Vaccination in Bombay 1902-1912 - 1902-1912
Year: 1902
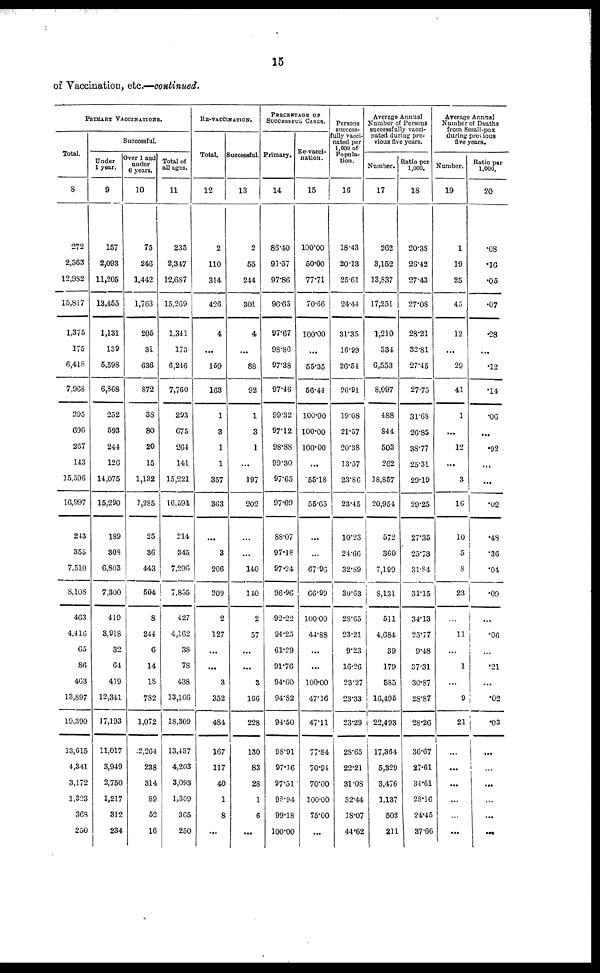
15
of Vaccination, etc.—continued.
PRIMARY VACCINATIONS.
Total.
8
272
2,563
12,982
15,817
1,375
175
6,418
7,968
295
696
267
143
15,596
16,997
243
355
7,510
8,108
463
4,416
65
86
463
13,897
19,390
13,615
4,341
3,172
1,323
368
250
Successful.
Under
1 year.
9
157
2,093
11,205
13,455
1,131
139
5,598
6,868
252
593
244
126
14,075
15,290
189
303
6,803
7,300
419
3,918
32
64
419
12,341
17,193
11,017
3,949
2,750
1,217
312
234
Over 1 and
under
6 years.
10
75
246
1,442
1,763
205
31
636
872
38
80
20
15
1,132
1,285
25
36
443
504
8
244
6
14
18
782
1,072
2,264
238
314
89
52
16
Total of
all ages.
11
235
2,347
12,687
15,269
1,341
173
6,246
7,760
293
675
264
141
15,221
16,594
214
345
7,296
7,855
427
4,162
38
78
438
13,166
18,309
13,437
4,203
3,093
1,309
365
250
RE-VACCINATION.
Total.
12
2
110
314
426
4
...
159
163
1
3
1
1
357
363
...
3
206
209
2
127
...
...
3
352
484
167
117
40
1
8
...
Successful.
13
2
55
244
301
4
...
88
92
1
3
1
...
197
202
...
...
140
140
2
57
...
...
3
166
228
130
83
28
1
6
...
PERCENTAGE OF
SUCCESSFUL CASES.
Primary.
14
86.40
91.57
97.86
96.65
97.67
98.86
97.38
97.46
99.32
97.12
98.88
99.30
97.65
97.69
88.07
97.18
97.24
96.96
92.22
94.25
61.29
91.76
94.60
94.82
94.50
98.91
97.16
97.51
98.94
99.18
100.00
Re-vacci-
nation.
15
100.00
50.00
77.71
70.66
100.00
...
55.35
56.44
100.00
100.00
100.00
...
55.18
55.65
...
...
67.96
66.99
100.00
44.88
...
...
100.00
47.16
47.11
77.84
70.94
70.00
100.00
75.00
...
Persons
success-
fully vacci-
nated per
1,000 of
Popula-
tion.
16
18.43
20.13
25.61
24.44
31.35
16.99
26.54
26.91
19.08
21.57
20.38
13.57
23.86
23.45
10.23
24.66
32.89
30.63
28.65
23.21
9.23
16.26
23.27
23.33
23.29
28.65
22.21
31.08
32.44
18.07
44.62
Average Annual
Number of Persons
successfully vacci-
nated during pre-
vious five years.
Number.
17
262
3,152
13,837
17,251
1,210
334
6,553
8,097
488
844
503
262
18,857
20,954
572
360
7,199
8,131
511
4,684
39
179
585
16,495
22,493
17,364
5,329
3,476
1,137
502
211
Ratio per
1,000.
18
20.38
26.42
27.43
27.08
28.21
32.81
27.45
27.75
31.68
26.85
38.77
25.31
29.19
29.25
27.35
25.73
31.84
31.15
34.13
25.77
9.48
37.31
30.87
28.87
28.26
36.67
27.61
34.61
28.16
24.45
37.66
Average Annual
Number of Deaths
from Small-pox
during previous
five years.
Number.
19
1
19
25
45
12
...
29
41
1
...
12
...
3
16
10
5
8
23
...
11
...
1
...
9
21
...
...
...
...
...
...
Ratio per
1,000.
20
.08
.16
.05
.07
.28
...
.12
.14
.06
...
.92
...
...
.02
.48
.36
.04
.09
...
.06
...
.21
...
.02
.03
...
...
...
...
...
...